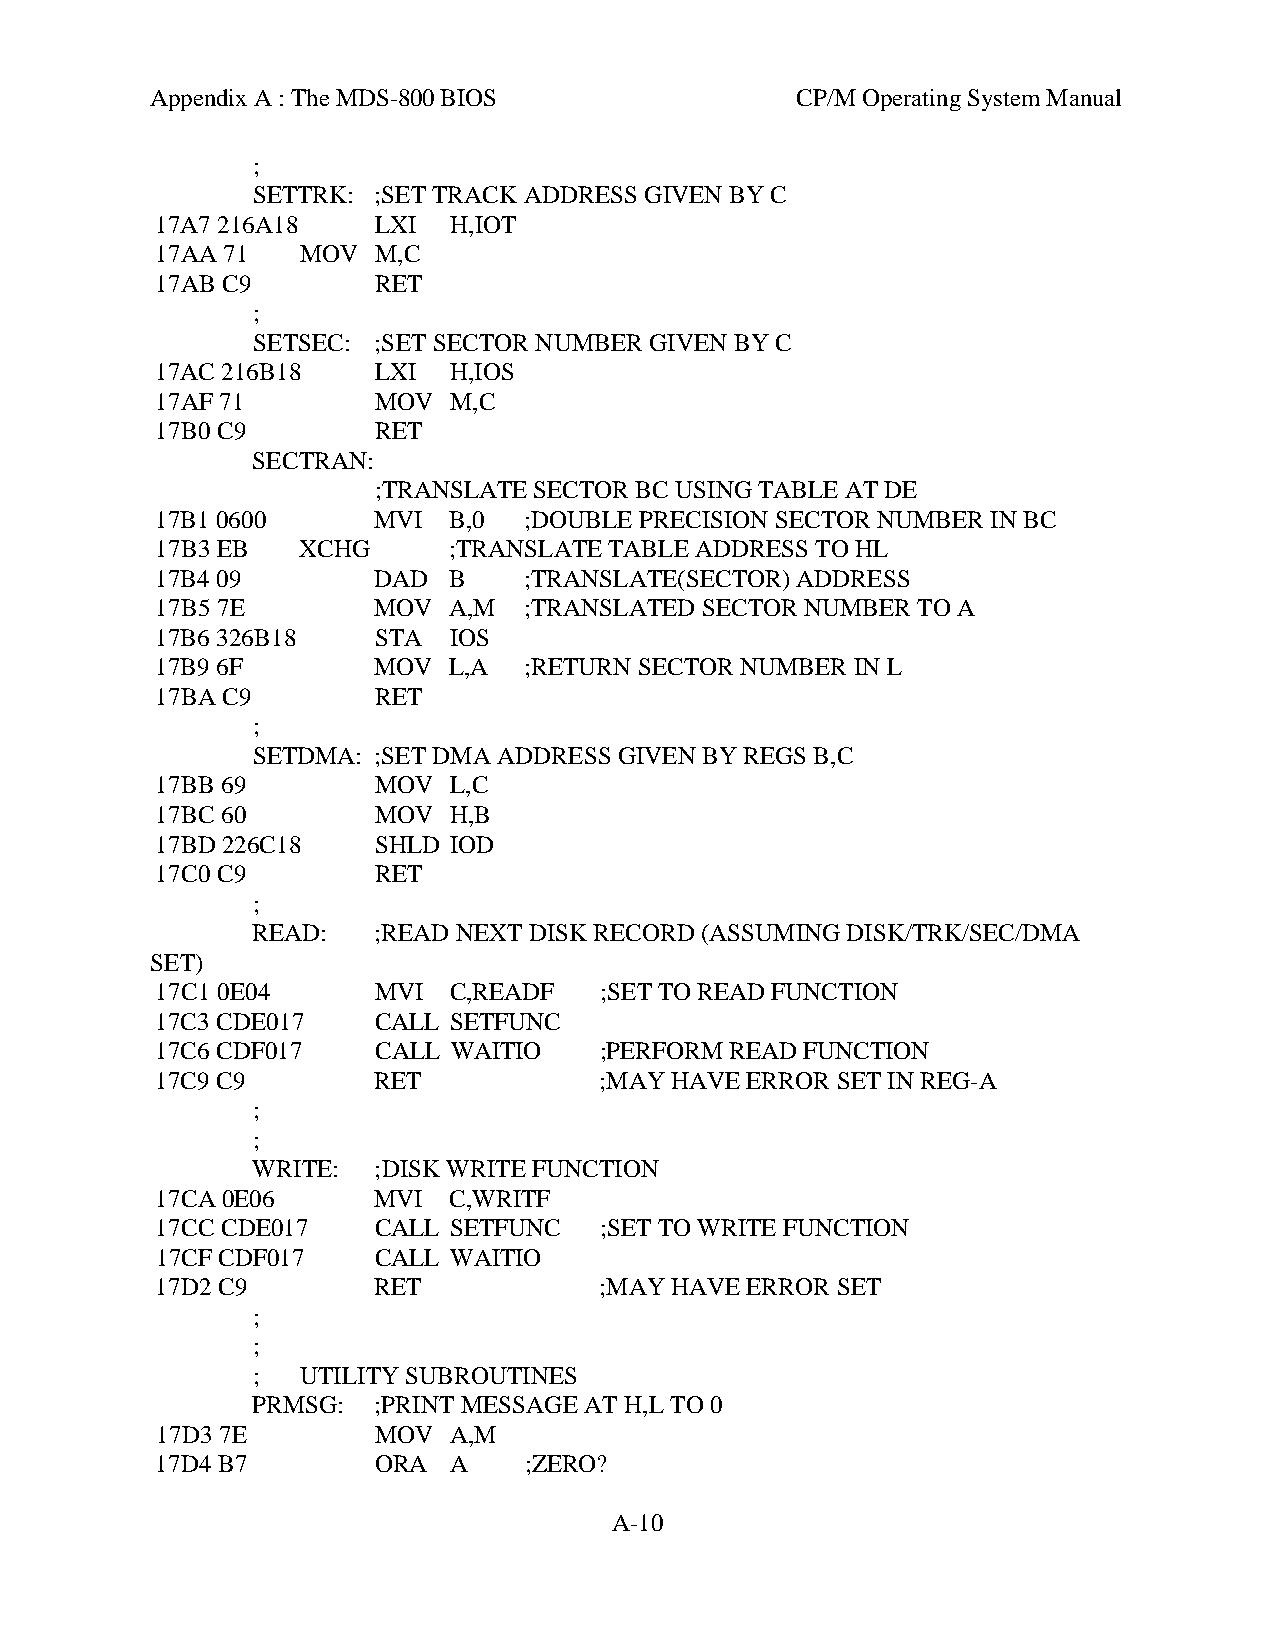
Appendix A : The MDS-800 BIOS              CP/M Operating System Manual
 ;
 SETTRK: ;SET TRACK ADDRESS GIVEN BY C
 17A7 216A18    LXI  H,IOT
 17AA 71   MOV  M,C
 17AB C9        RET
 ;
 SETSEC: ;SET SECTOR NUMBER GIVEN BY C
 17AC 216B18    LXI  H,IOS
 17AF 71        MOV  M,C
 17B0 C9        RET
 SECTRAN:
 ;TRANSLATE SECTOR BC USING TABLE AT DE
 17B1 0600      MVI  B,0  ;DOUBLE PRECISION SECTOR NUMBER IN BC
 17B3 EB   XCHG      ;TRANSLATE TABLE ADDRESS TO HL
 17B4 09        DAD  B    ;TRANSLATE(SECTOR) ADDRESS
 17B5 7E        MOV  A,M  ;TRANSLATED SECTOR NUMBER TO A
 17B6 326B18    STA  IOS
 17B9 6F        MOV  L,A  ;RETURN SECTOR NUMBER IN L
 17BA C9        RET
 ;
 SETDMA: ;SET DMA ADDRESS GIVEN BY REGS B,C
 17BB 69        MOV  L,C
 17BC 60        MOV  H,B
 17BD 226C18    SHLD IOD
 17C0 C9        RET
 ;
 READ:   ;READ NEXT DISK RECORD (ASSUMING DISK/TRK/SEC/DMA
 SET)
 17C1 0E04      MVI  C,READF   ;SET TO READ FUNCTION
 17C3 CDE017    CALL SETFUNC
 17C6 CDF017    CALL WAITIO    ;PERFORM READ FUNCTION
 17C9 C9        RET            ;MAY HAVE ERROR SET IN REG-A
 ;
 ;
 WRITE:  ;DISK WRITE FUNCTION
 17CA 0E06      MVI  C,WRITF
 17CC CDE017    CALL SETFUNC   ;SET TO WRITE FUNCTION
 17CF CDF017    CALL WAITIO
 17D2 C9        RET            ;MAY HAVE ERROR SET
 ;
 ;
 ;  UTILITY SUBROUTINES
 PRMSG:  ;PRINT MESSAGE AT H,L TO 0
 17D3 7E        MOV  A,M
 17D4 B7        ORA  A    ;ZERO?
 A-10